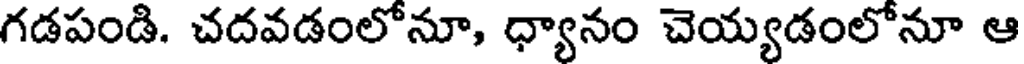
గడపండి. చదవడంలోనూ, ధ్యానం చెయ్యడంలోనూ ఆ